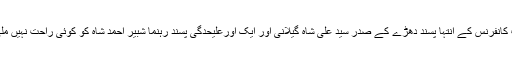
حریت کانفرنس کے انتہا پسند دھڑے کے صدر سید علی شاہ گیلانی اور ایک اورعلیحدگی پسند رہنما شبیر احمد شاہ کو کوئی راحت نہیں ملی ہے۔